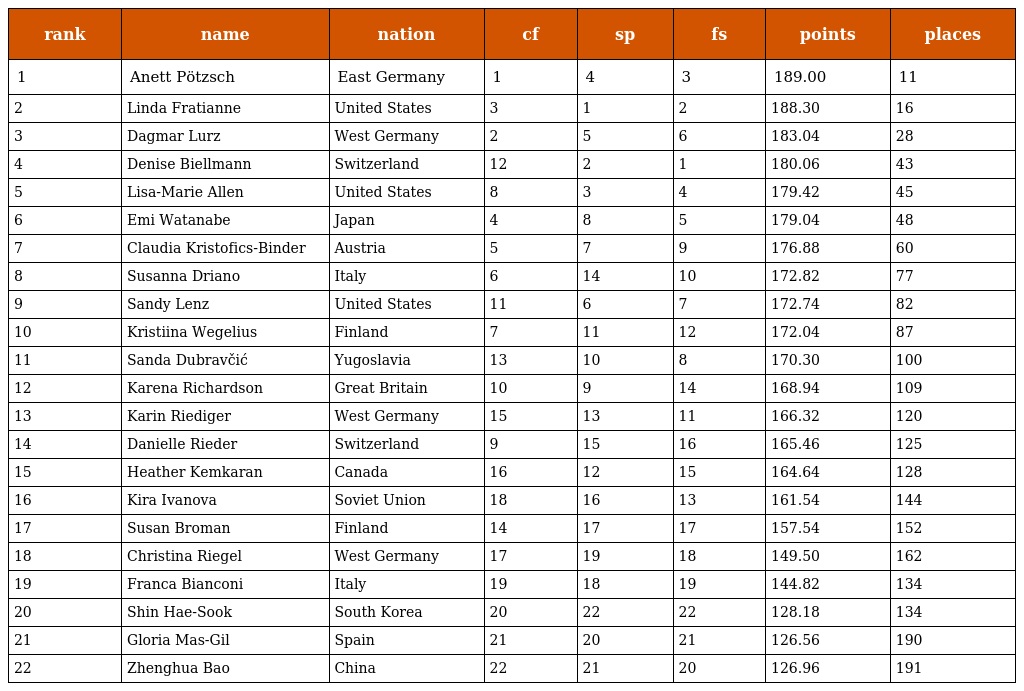
| rank | name | nation | cf | sp | fs | points | places |
 | --- | --- | --- | --- | --- | --- | --- | --- |
 | 1 | Anett Pötzsch | East Germany | 1 | 4 | 3 | 189.00 | 11 |
 | 2 | Linda Fratianne | United States | 3 | 1 | 2 | 188.30 | 16 |
 | 3 | Dagmar Lurz | West Germany | 2 | 5 | 6 | 183.04 | 28 |
 | 4 | Denise Biellmann | Switzerland | 12 | 2 | 1 | 180.06 | 43 |
 | 5 | Lisa-Marie Allen | United States | 8 | 3 | 4 | 179.42 | 45 |
 | 6 | Emi Watanabe | Japan | 4 | 8 | 5 | 179.04 | 48 |
 | 7 | Claudia Kristofics-Binder | Austria | 5 | 7 | 9 | 176.88 | 60 |
 | 8 | Susanna Driano | Italy | 6 | 14 | 10 | 172.82 | 77 |
 | 9 | Sandy Lenz | United States | 11 | 6 | 7 | 172.74 | 82 |
 | 10 | Kristiina Wegelius | Finland | 7 | 11 | 12 | 172.04 | 87 |
 | 11 | Sanda Dubravčić | Yugoslavia | 13 | 10 | 8 | 170.30 | 100 |
 | 12 | Karena Richardson | Great Britain | 10 | 9 | 14 | 168.94 | 109 |
 | 13 | Karin Riediger | West Germany | 15 | 13 | 11 | 166.32 | 120 |
 | 14 | Danielle Rieder | Switzerland | 9 | 15 | 16 | 165.46 | 125 |
 | 15 | Heather Kemkaran | Canada | 16 | 12 | 15 | 164.64 | 128 |
 | 16 | Kira Ivanova | Soviet Union | 18 | 16 | 13 | 161.54 | 144 |
 | 17 | Susan Broman | Finland | 14 | 17 | 17 | 157.54 | 152 |
 | 18 | Christina Riegel | West Germany | 17 | 19 | 18 | 149.50 | 162 |
 | 19 | Franca Bianconi | Italy | 19 | 18 | 19 | 144.82 | 134 |
 | 20 | Shin Hae-Sook | South Korea | 20 | 22 | 22 | 128.18 | 134 |
 | 21 | Gloria Mas-Gil | Spain | 21 | 20 | 21 | 126.56 | 190 |
 | 22 | Zhenghua Bao | China | 22 | 21 | 20 | 126.96 | 191 |